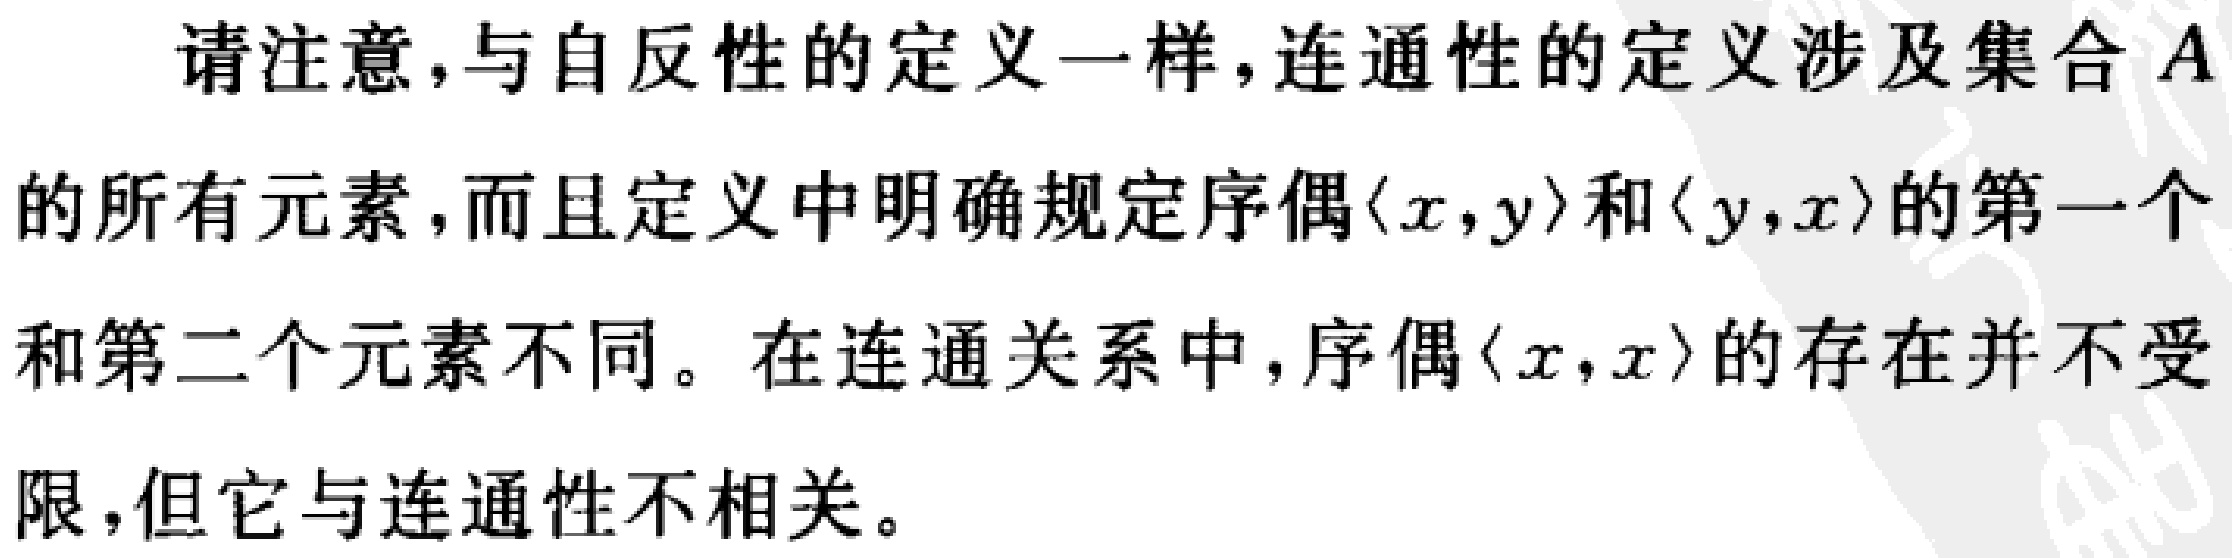
请注意，与自反性的定义一样，连通性的定义涉及集合 \(A\) 的所有元素，而且定义中明确规定序偶\((x,y)\)和\((y,x)\)的第一个和第二个元素不同。在连通关系中，序偶\((x,x)\)的存在并不受限，但它与连通性不相关。